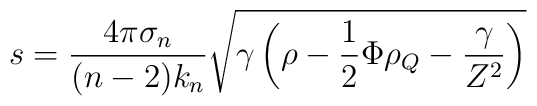
s =\frac{4\pi\sigma_n}{(n-2)k_n}\sqrt{\gamma\left(\rho-\frac{1}{2}\Phi\rho_Q-\frac{\gamma}{Z^2}\right)}